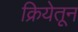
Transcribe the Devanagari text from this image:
क्रियेतून